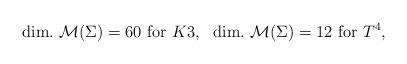
LaTeX: \begin{align*}{\rm dim.}~{\cal M}(\Sigma)=60 ~{\rm for}~ K3,~~{\rm dim.}~{\cal M}(\Sigma)=12~{\rm for}~ T^4,\end{align*}